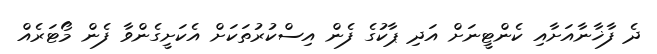
ދެ ފާޚާނާއަށާއި ކެންޓީނަށް އަދި ޕާކުގެ ފެން އިސްކުރުތަކަށް އެކަށީގެންވާ ފެން މޯޓަރެއް